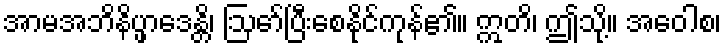
အာမအဘိနိပ္ဖာဒေန္တိ၊ ဩော်ပြီးစေနိုင်ကုန်၏။ ဣတိ၊ ဤသို့။ အဝေါစ၊